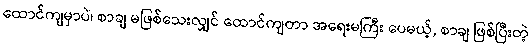
ထောင်ကျမှာပဲ၊ စာချ မဖြစ်သေးလျှင် ထောင်ကျတာ အရေးမကြီး ပေမယ့်, စာချ ဖြစ်ပြီးတဲ့